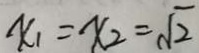
x _ { 1 } = x _ { 2 } = \sqrt { 2 }